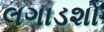
લગાડશો